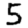
Digit: 5